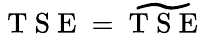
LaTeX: \mathrm{~T~S~E~}=\widetilde{\mathrm{~T~S~E~}}